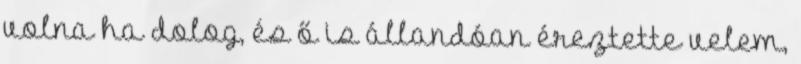
volna ha dolog, és ő is állandóan éreztette velem,